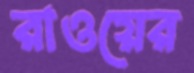
রাওয়ের